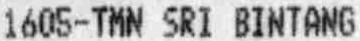
1605-TMN SRI BINTANG